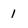
Character: 1